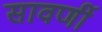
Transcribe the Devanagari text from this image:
सावर्णी